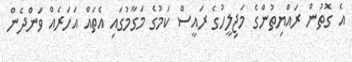
އެ ގޮތުން ރައްޔިތުންގެ މަޖިލީހުގެ ރައީސް ކަމުގެ މަގާމުގައި އެތައް އަހަރެއް ވަންދެން